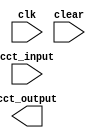
module student_circuit_Q3a (
          input clk, clear,
          input [7:0] cct_input,
          output reg [7:0] cct_output
			 );



endmodule